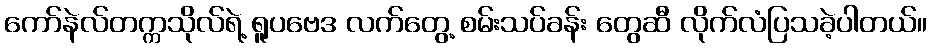
ကော်နဲလ်တက္ကသိုလ်ရဲ့ ရူပဗေဒ လက်တွေ့ စမ်းသပ်ခန်း တွေဆီ လိုက်လံပြသခဲ့ပါတယ်။